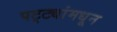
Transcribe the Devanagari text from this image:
पट्ट्यांमधून